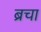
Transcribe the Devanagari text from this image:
ब्रचा